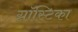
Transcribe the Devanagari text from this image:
ग्नॉस्टिका